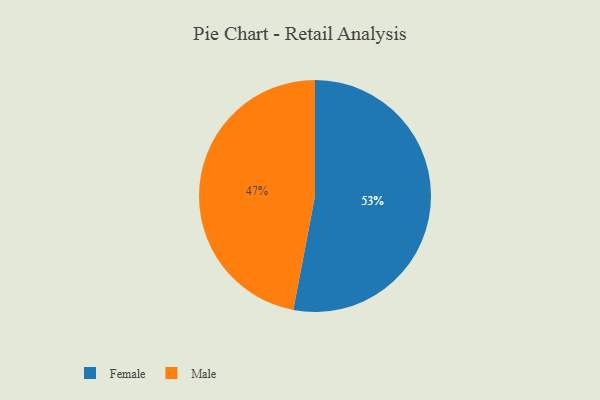
{"axis": {"x": "Category", "y": "Percentage"}, "legend": ["Female", "Male"], "data": [{"x": "Female", "y": 53, "type": "Female"}, {"x": "Male", "y": 47, "type": "Male"}]}